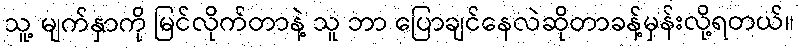
သူ့ မျက်နှာကို မြင်လိုက်တာနဲ့ သူ ဘာ ပြောချင်နေလဲဆိုတာခန့်မှန်းလို့ရတယ်။